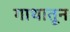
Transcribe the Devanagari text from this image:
गाथातून